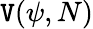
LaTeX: \mathtt{V}(\psi,N)